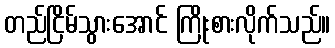
တည်ငြိမ်သွားအောင် ကြိုးစားလိုက်သည်။